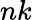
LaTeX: nk